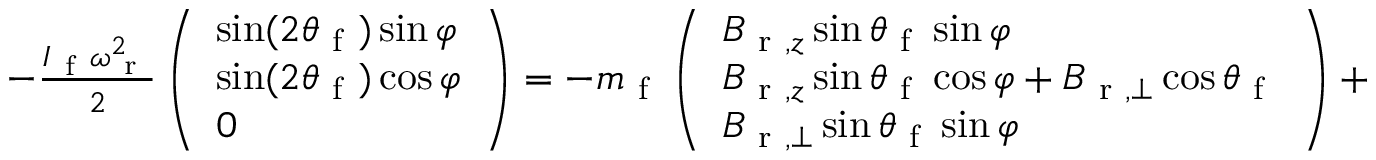
\begin{array} { r } { - \frac { I _ { \mathrm { ~ f ~ } } \omega _ { \mathrm { ~ r ~ } } ^ { 2 } } { 2 } \left( \begin{array} { l } { \sin ( 2 \theta _ { \mathrm { ~ f ~ } } ) \sin \varphi } \\ { \sin ( 2 \theta _ { \mathrm { ~ f ~ } } ) \cos \varphi } \\ { 0 } \end{array} \right) = - m _ { \mathrm { ~ f ~ } } \left( \begin{array} { l } { B _ { \mathrm { ~ r ~ } , z } \sin \theta _ { \mathrm { ~ f ~ } } \sin \varphi } \\ { B _ { \mathrm { ~ r ~ } , z } \sin \theta _ { \mathrm { ~ f ~ } } \cos \varphi + B _ { \mathrm { ~ r ~ } , \perp } \cos \theta _ { \mathrm { ~ f ~ } } } \\ { B _ { \mathrm { ~ r ~ } , \perp } \sin \theta _ { \mathrm { ~ f ~ } } \sin \varphi } \end{array} \right) + \frac { \zeta _ { \mathrm { ~ r ~ o ~ t ~ } } \omega _ { \mathrm { ~ r ~ } } } { 2 } \left( \begin{array} { l } { - \sin 2 \theta _ { \mathrm { ~ f ~ } } \cos \varphi } \\ { \sin 2 \theta _ { \mathrm { ~ f ~ } } \sin \varphi } \\ { 2 \sin ^ { 2 } \theta _ { \mathrm { ~ f ~ } } } \end{array} \right) . } \end{array}